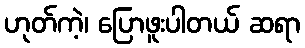
ဟုတ်ကဲ့၊ ပြောဖူးပါတယ် ဆရာ